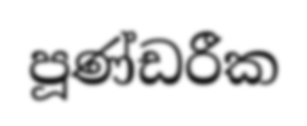
පූණ්ඩරීක